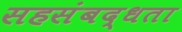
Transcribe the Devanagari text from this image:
सहसंबद्धता